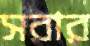
সরার